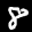
Label: 8